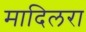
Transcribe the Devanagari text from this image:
मादिलरा